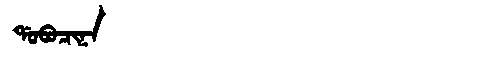
Manchu: ᡩᠣᠪᠣᠴᡳᠨᠠ
Romanization: DOBOCINA